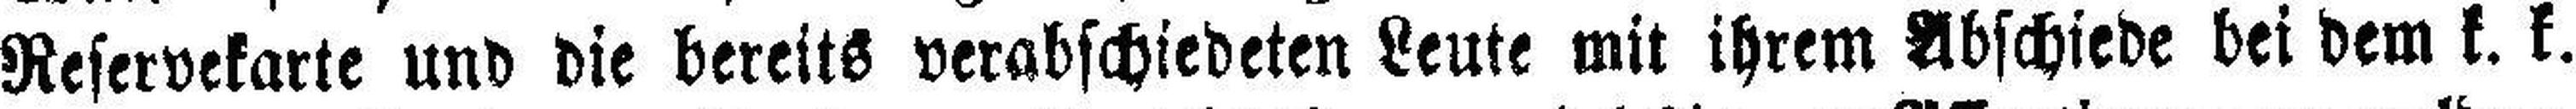
Reservekarte und die bereits verabschiedeten Leute mit ihrem Abschiede bei dem k. k.